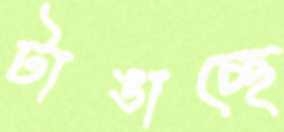
টাঙাচ্ছে